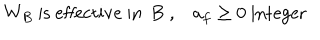
LaTeX: W _ { B } \mathrm { ~ i s ~ e f f e c t i v e ~ i n ~ B ~ , } \quad a _ { f } \geq 0 \mathrm { ~ i n t e g e r ~ }